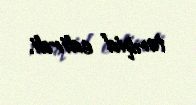
tənqid edirdi.